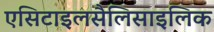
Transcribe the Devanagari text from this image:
एसिटाइलसैलिसाइलिक